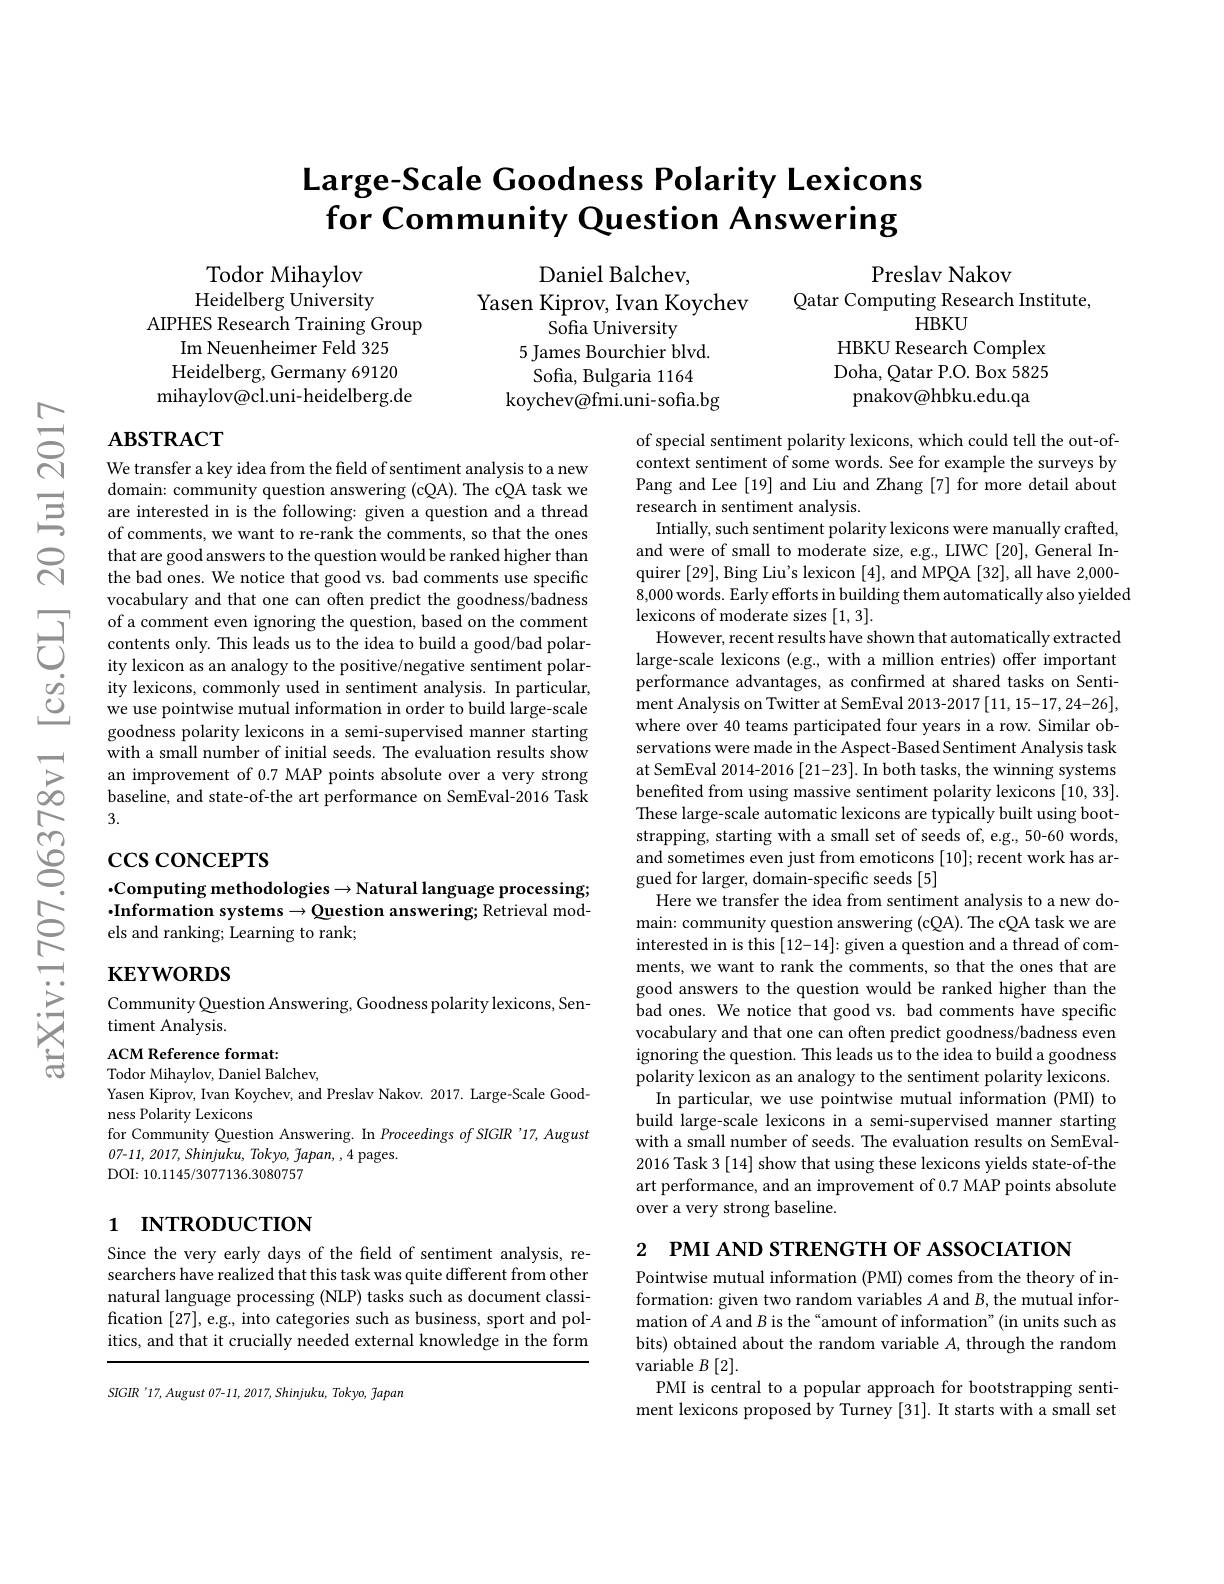
$ਨਨੇ$

$సి$

# $\textbf{Large- Scale Goodness Polarity Lexicons}$ for Community Question Answering

# Preslav Nakov
Qatar Computing Research Institute,
### $HBKU$ HBKU Research Complex

Todor Mihaylov Heidelberg University
AIPHES Research Training Group
Im Neuenheimer Feld 325 Heidelberg, Germany 69120 mihaylov@cl.uni-heidelberg.de

Daniel Balchev,
Yasen Kiprov, Ivan Koychev
$\overset{\mathrm{Sofia~University}}{\operatorname*{Sofia~University}}$
5 James Bourchier blvd. Sofia, Bulgaria 1164
koychev@fmi.uni-sofia.bg

Doha, Qatar P.O. Box 5825 pnakov@hbku.edu.qa

## $\mathbf{ABSTRACT}$

We transfer a key idea from the field of sentiment analysis to a new
domain: community question answering ( cQA) . The cQA task we are interested in is the following: given a question and a thread of comments, we want to re- rank the comments, so that the ones
of comments, we want to re-rank the comments, so that the ones that are good answers to the question would be ranked higher than the bad ones. We notice that good vs. bad comments use specific vocabulary and that one can often predict the goodness/badness
ity lexicons, commonly used in sentiment analysis. In particular, we use pointwise mutual information in order to build large-scale goodness polarity lexicons in a semi-supervised manner starting with a small number of initial seeds. The evaluation results show an improvement of 0.7 MAP points absolute over a very strong baseline, and state-of-the art performance on SemEval-2016 Task 3.
$\textcircled {3}\because \cos \cos$CoNCEPTS$\therefore$Computing method

of special sentiment polarity lexicons, which could tell the out-ofcontext sentiment of some words. See for example the surveys by Pang and Lee [19] and Liu and Zhang [7] for more detail about research in sentiment analysis.
Intially, such sentiment polarity lexicons were manually crafted, and were of small to moderate size, e.g., LIWC [20], General Inquirer [29], Bing Liu's lexicon [4], and MPQA [32], all have 2,000- 8,000 words. Early efforts in building them automatically also yielded lexicons of moderate sizes [1,3].
However, recent results have shown that automatically extracted large-scale lexicons (e.g, with a million entries) offer important performance advantages, as confrmed at shared tasks on Sentiment Analysis on Twitter at SemEval 2013-2017 [11, 15-17, 24-26], where over 40 teams participated four years in a row. Similar observations were made in the Aspect-Based Sentiment Analysis task at SemEval 2014-2016 [21-23]. In both tasks, the winning systems benefited from using massive sentiment polarity lexicons [10,33]. These large-scale automatic lexicons are typically built using bootstrapping, starting with a small set of seeds of, e.g., 50-60 words, and sometimes even just from emoticons [10]; recent work has argued for larger, domain-specific seeds [5]
Here we transfer the idea from sentiment analysis to a new domain: community question answering (cQA). The cQA task we are interested in is this [12-14]: given a question and a thread of comments, we want to rank the comments, so that the ones that are good answers to the question would be ranked higher than the bad ones. We notice that good vs. bad comments have specific vocabulary and that one can often predict goodness/badness even ignoring the question. This leads us to the idea to build a goodness polarity lexicon as an analogy to the sentiment polarity lexicons.
In particular, we use pointwise mutual information (PMI) to build large-scale lexicons in a semi-supervised manner starting with a small number of seeds. The evaluation results on SemEval- 2016 Task 3 [14] show that using these lexicons yields state-of-the art performance, and an improvement of 0.7 MAP points absolute over a very strong baseline.
2 $\textbf{Р М I А ND STRENGTH OF ASSOCIATION}$

$\cdot$Computing methodologies$\to$Natural language processing; $\cdot$Information systems$\to$Question answering; Retrieval models and ranking; Learning to rank;

## $\mathbf{KEYWORDS}$

Community Question Answering, Goodness polarity lexicons, Sen-
timent Analysis.

ACM Reference format:
Todor Mihaylov, Daniel Balchev,
Yasen Kiprov, Ivan Koychev, and Preslav Nakov. 2017. Large-Scale Good-
ness Polarity Lexicons
for Community Question Answering. In Proceedings $of$ SIGIR'17, August
07-11, 2017, Shinjuku, Tokyo, Japan, , 4 pages.
DOI: 10.1145/3077136.3080757

## 1 INTRODUCTION

Since the very early days of the field of sentiment analysis, researchers have realized that this task was quite different from other natural language processing (NLP) tasks such as document classification [27],e.g., into categories such as business, sport and politics, and that it crucially needed external knowledge in the form

Pointwise mutual information (PMI) comes from the theory of information: given two random variables $A$ and $B$,the mutual information of $A$ and $B$ is the “amount of information”(in units such as bits) obtained about the random variable $A$, through the random ${\mathrm{variable~}B}[2].$
PMI is central to a popular approach for bootstrapping sentiment lexicons proposed by Turney [31]. It starts with a small set

SIGIR '17, August 07-11, 2017, Shinjuku, Tokyo, fapan